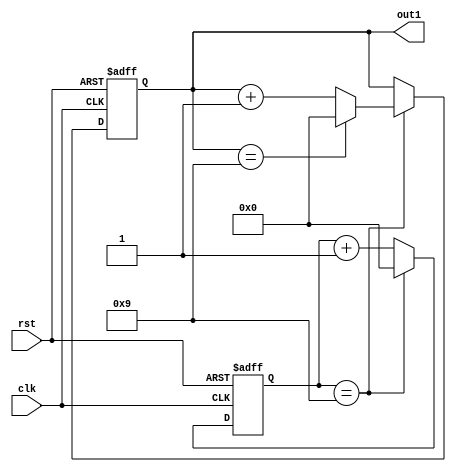
module cnt1(out1,clk,rst);

    input clk,rst;
    output reg[3:0] out1;
    reg[3:0] tmp2;
    
    always @(posedge clk or negedge rst) begin

        if(!rst) begin
            out1<=0;
            tmp2<=0;
        end

        else if(tmp2==9)begin
            if(out1==9) begin
                out1<=0;
                tmp2<=0;
            end
            
            else begin
            out1<=out1+1;
            tmp2<=0;
            end
        end

        else tmp2<=tmp2+1;
    end

    


endmodule //